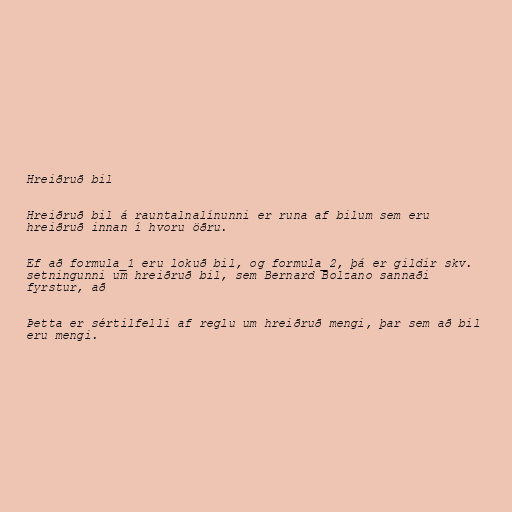
Hreiðruð bil

Hreiðruð bil á rauntalnalínunni er runa af bilum sem eru
hreiðruð innan í hvoru öðru.

Ef að formula_1 eru lokuð bil, og formula_2, þá er gildir skv.
setningunni um hreiðruð bil, sem Bernard Bolzano sannaði
fyrstur, að

Þetta er sértilfelli af reglu um hreiðruð mengi, þar sem að bil
eru mengi.